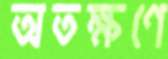
অতক্ষণে